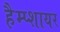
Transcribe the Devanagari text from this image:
हैम्प्शायर